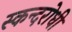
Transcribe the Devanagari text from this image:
स्कन्दरोधी